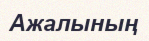
Ажалының